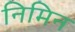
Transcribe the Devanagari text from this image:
निमिन